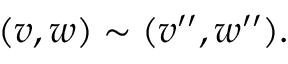
( v , w ) \sim ( v ^ { \prime \prime } , w ^ { \prime \prime } ) .